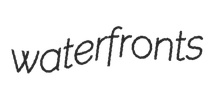
waterfronts